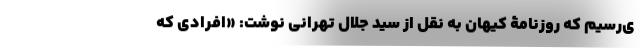
ی‌رسیم که روزنامۀ کیهان به نقل از سید جلال تهرانی نوشت: «افرادی که